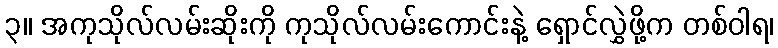
၃။ အကုသိုလ်လမ်းဆိုးကို ကုသိုလ်လမ်းကောင်းနဲ့ ရှောင်လွှဲဖို့က တစ်ဝါရ၊